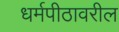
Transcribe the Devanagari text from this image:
धर्मपीठावरील